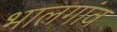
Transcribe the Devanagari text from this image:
भालगांव